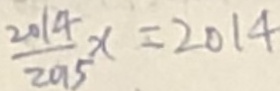
\frac { 2 0 1 4 } { 2 0 1 5 } x = 2 0 1 4